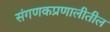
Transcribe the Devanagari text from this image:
संगणकप्रणालीतील